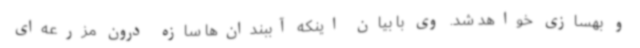
و بهسازی خواهد شد. وی با بیان اینکه آببندان‌ها سازه درون مزرعه‌ای